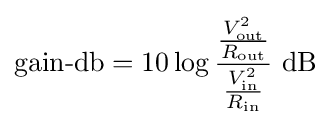
{\text{gain-db}}=10\log {\frac {\frac {V_{\text{out}}^{2}}{R_{\text{out}}}}{\frac {V_{\text{in}}^{2}}{R_{\text{in}}}}}~\mathrm {dB}